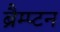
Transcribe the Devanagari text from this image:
ब्रैम्प्टन